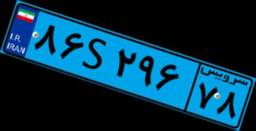
۸۶S۲۹۶۷۸